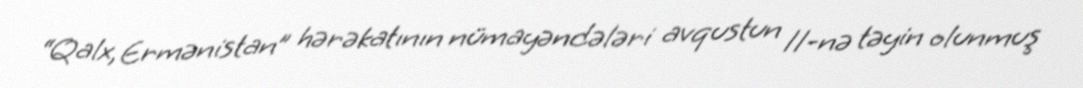
“Qalx, Ermənistan” hərəkatının nümayəndələri avqustun 11-nə təyin olunmuş